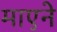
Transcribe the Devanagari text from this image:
माएने